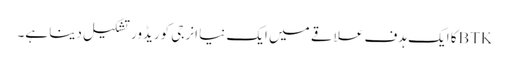
BTKکا ایک ہدف علاقے میں ایک نیا انرجی کوریڈور تشکیل دینا ہے۔